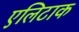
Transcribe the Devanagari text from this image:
एलिटाक